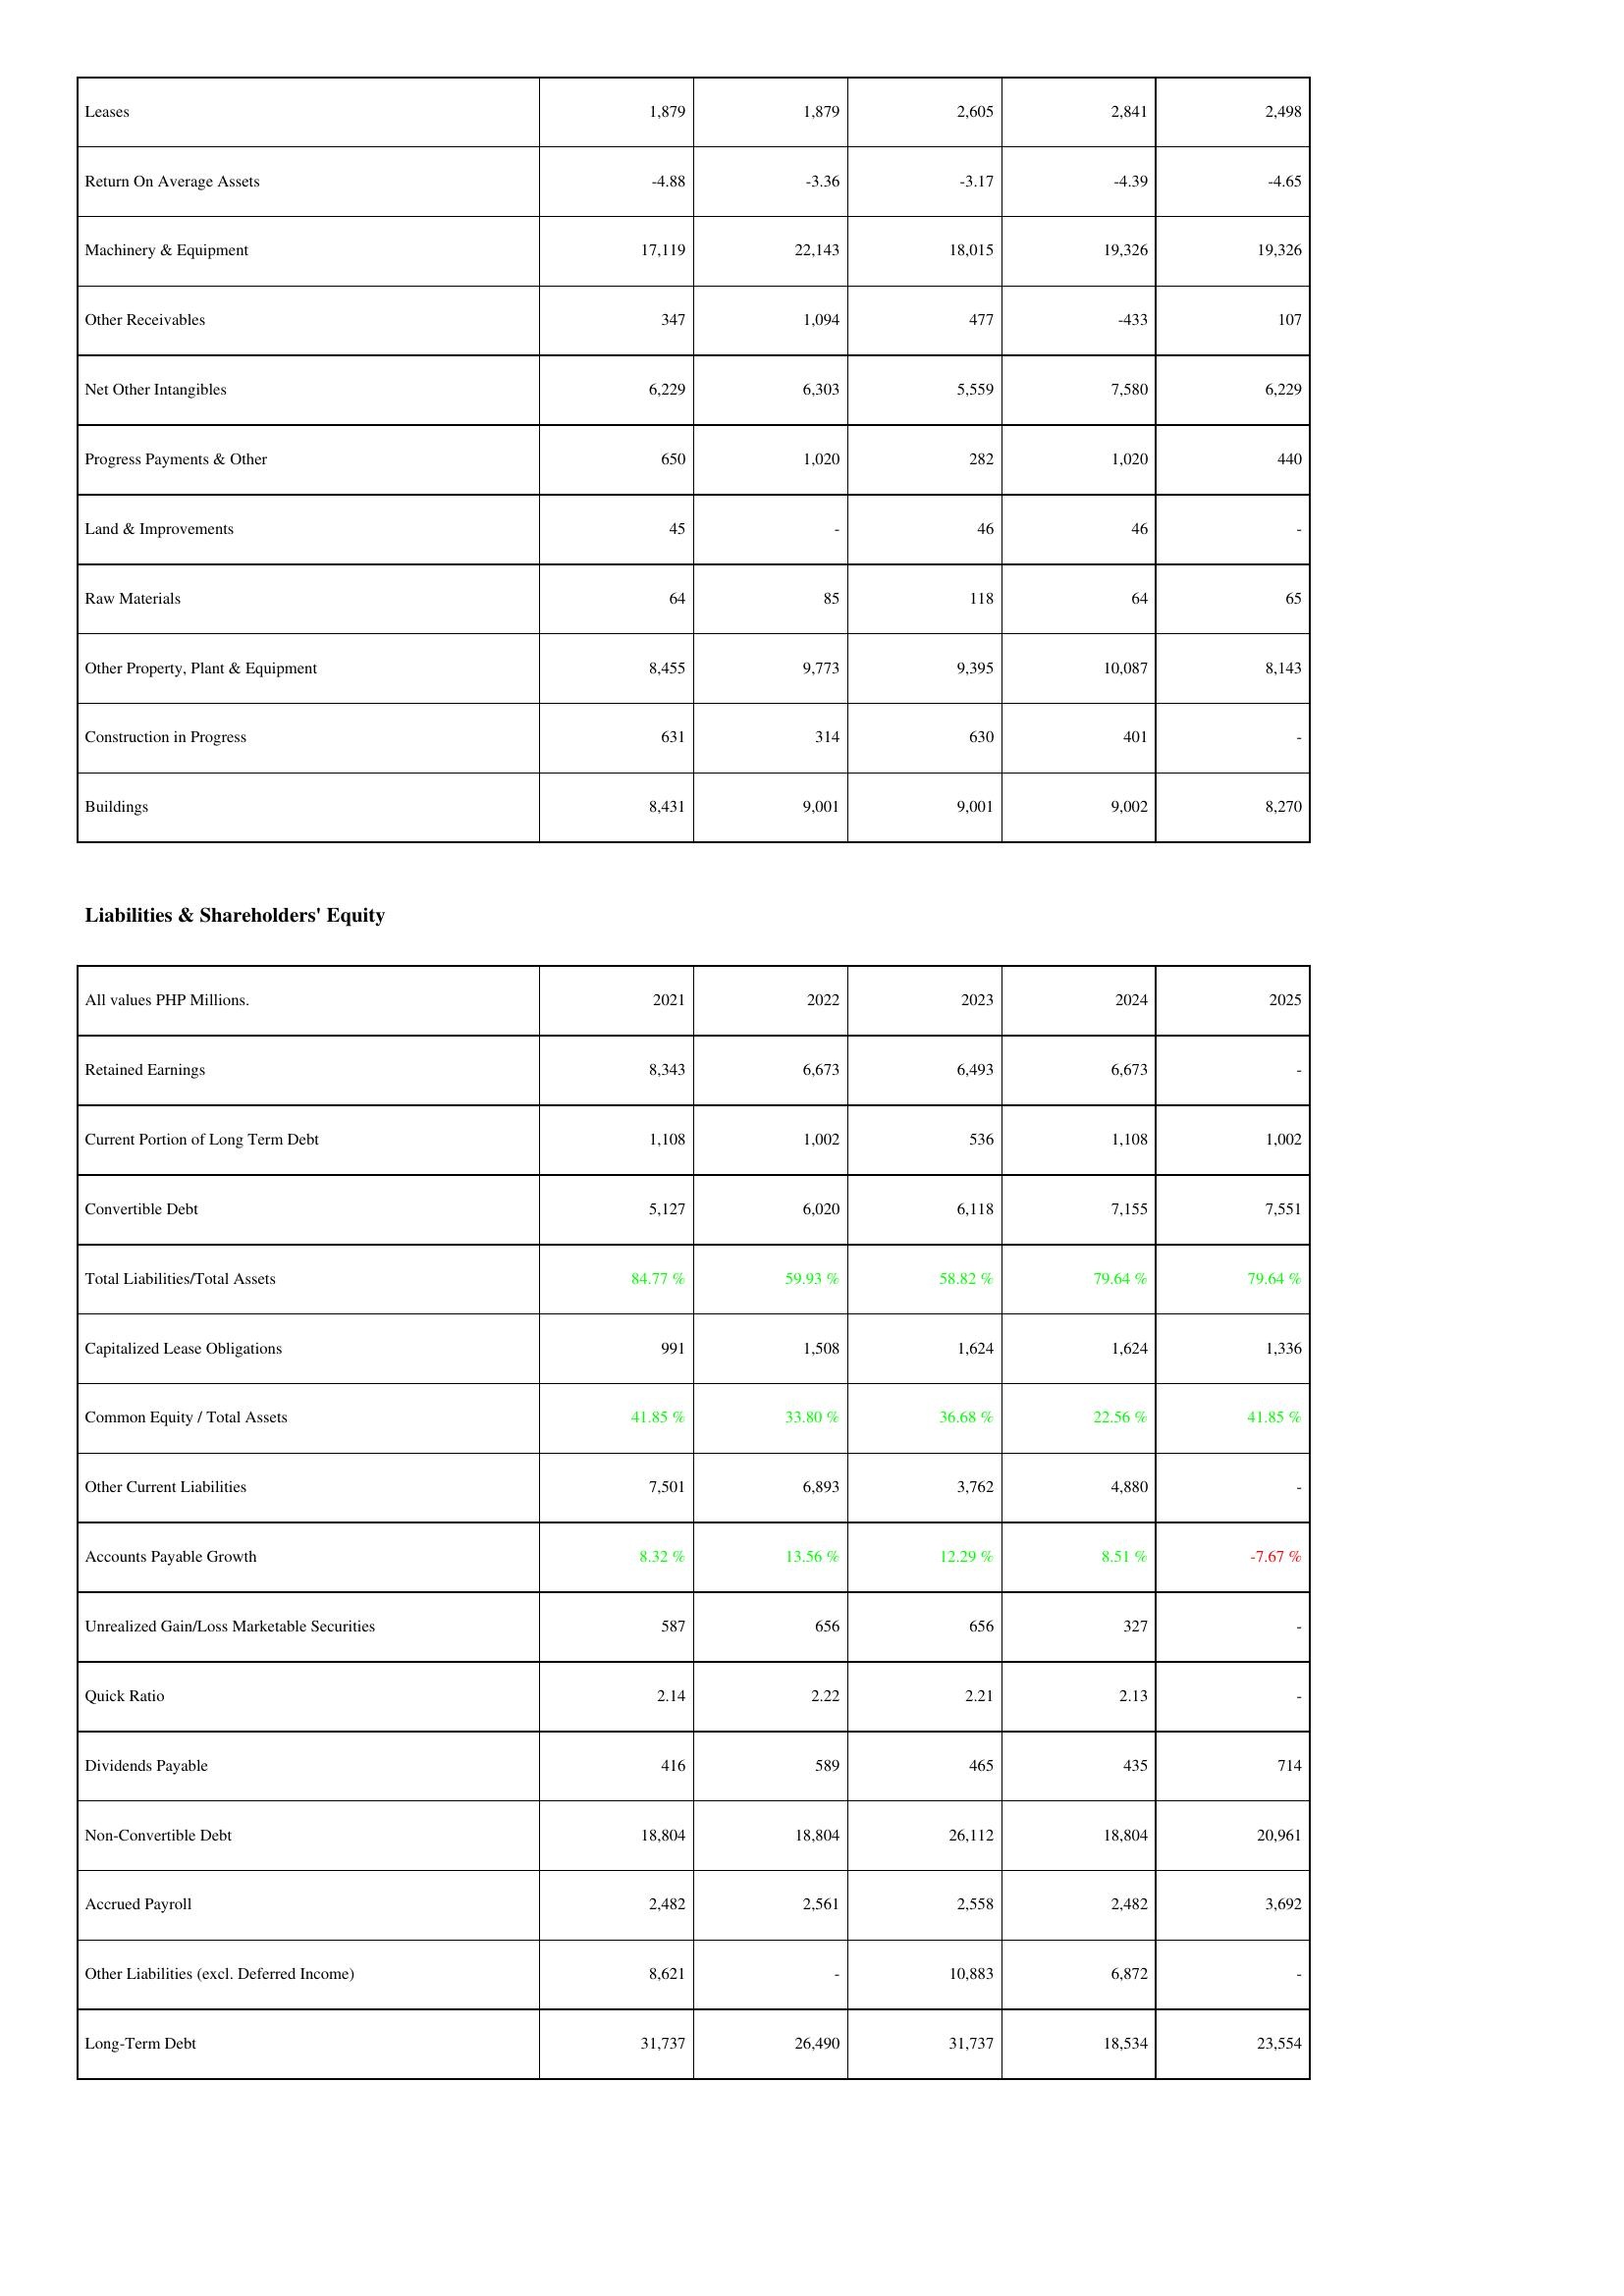
2021: Assets: Leases: 1,879
Return On Average Assets: -4.88
Machinery & Equipment: 17,119
Other Receivables: 347
Net Other Intangibles: 6,229
Progress Payments & Other: 650
Land & Improvements: 45
Raw Materials: 64
Other Property, Plant & Equipment: 8,455
Construction in Progress: 631
Buildings: 8,431
Liabilities & Shareholders' Equity: Retained Earnings: 8,343
Current Portion of Long Term Debt: 1,108
Convertible Debt: 5,127
Total Liabilities/Total Assets: 84.77 %
Capitalized Lease Obligations: 991
Common Equity / Total Assets: 41.85 %
Other Current Liabilities: 7,501
Accounts Payable Growth: 8.32 %
Unrealized Gain/Loss Marketable Securities: 587
Quick Ratio: 2.14
Dividends Payable: 416
Non-Convertible Debt: 18,804
Accrued Payroll: 2,482
Other Liabilities (excl. Deferred Income): 8,621
Long-Term Debt: 31,737
2022: Assets: Leases: 1,879
Return On Average Assets: -3.36
Machinery & Equipment: 22,143
Other Receivables: 1,094
Net Other Intangibles: 6,303
Progress Payments & Other: 1,020
Land & Improvements: -
Raw Materials: 85
Other Property, Plant & Equipment: 9,773
Construction in Progress: 314
Buildings: 9,001
Liabilities & Shareholders' Equity: Retained Earnings: 6,673
Current Portion of Long Term Debt: 1,002
Convertible Debt: 6,020
Total Liabilities/Total Assets: 59.93 %
Capitalized Lease Obligations: 1,508
Common Equity / Total Assets: 33.80 %
Other Current Liabilities: 6,893
Accounts Payable Growth: 13.56 %
Unrealized Gain/Loss Marketable Securities: 656
Quick Ratio: 2.22
Dividends Payable: 589
Non-Convertible Debt: 18,804
Accrued Payroll: 2,561
Other Liabilities (excl. Deferred Income): -
Long-Term Debt: 26,490
2023: Assets: Leases: 2,605
Return On Average Assets: -3.17
Machinery & Equipment: 18,015
Other Receivables: 477
Net Other Intangibles: 5,559
Progress Payments & Other: 282
Land & Improvements: 46
Raw Materials: 118
Other Property, Plant & Equipment: 9,395
Construction in Progress: 630
Buildings: 9,001
Liabilities & Shareholders' Equity: Retained Earnings: 6,493
Current Portion of Long Term Debt: 536
Convertible Debt: 6,118
Total Liabilities/Total Assets: 58.82 %
Capitalized Lease Obligations: 1,624
Common Equity / Total Assets: 36.68 %
Other Current Liabilities: 3,762
Accounts Payable Growth: 12.29 %
Unrealized Gain/Loss Marketable Securities: 656
Quick Ratio: 2.21
Dividends Payable: 465
Non-Convertible Debt: 26,112
Accrued Payroll: 2,558
Other Liabilities (excl. Deferred Income): 10,883
Long-Term Debt: 31,737
2024: Assets: Leases: 2,841
Return On Average Assets: -4.39
Machinery & Equipment: 19,326
Other Receivables: -433
Net Other Intangibles: 7,580
Progress Payments & Other: 1,020
Land & Improvements: 46
Raw Materials: 64
Other Property, Plant & Equipment: 10,087
Construction in Progress: 401
Buildings: 9,002
Liabilities & Shareholders' Equity: Retained Earnings: 6,673
Current Portion of Long Term Debt: 1,108
Convertible Debt: 7,155
Total Liabilities/Total Assets: 79.64 %
Capitalized Lease Obligations: 1,624
Common Equity / Total Assets: 22.56 %
Other Current Liabilities: 4,880
Accounts Payable Growth: 8.51 %
Unrealized Gain/Loss Marketable Securities: 327
Quick Ratio: 2.13
Dividends Payable: 435
Non-Convertible Debt: 18,804
Accrued Payroll: 2,482
Other Liabilities (excl. Deferred Income): 6,872
Long-Term Debt: 18,534
2025: Assets: Leases: 2,498
Return On Average Assets: -4.65
Machinery & Equipment: 19,326
Other Receivables: 107
Net Other Intangibles: 6,229
Progress Payments & Other: 440
Land & Improvements: -
Raw Materials: 65
Other Property, Plant & Equipment: 8,143
Construction in Progress: -
Buildings: 8,270
Liabilities & Shareholders' Equity: Retained Earnings: -
Current Portion of Long Term Debt: 1,002
Convertible Debt: 7,551
Total Liabilities/Total Assets: 79.64 %
Capitalized Lease Obligations: 1,336
Common Equity / Total Assets: 41.85 %
Other Current Liabilities: -
Accounts Payable Growth: -7.67 %
Unrealized Gain/Loss Marketable Securities: -
Quick Ratio: -
Dividends Payable: 714
Non-Convertible Debt: 20,961
Accrued Payroll: 3,692
Other Liabilities (excl. Deferred Income): -
Long-Term Debt: 23,554